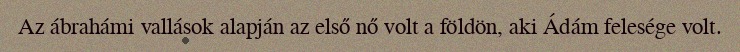
Az ábrahámi vallások alapján az első nő volt a földön, aki Ádám felesége volt.